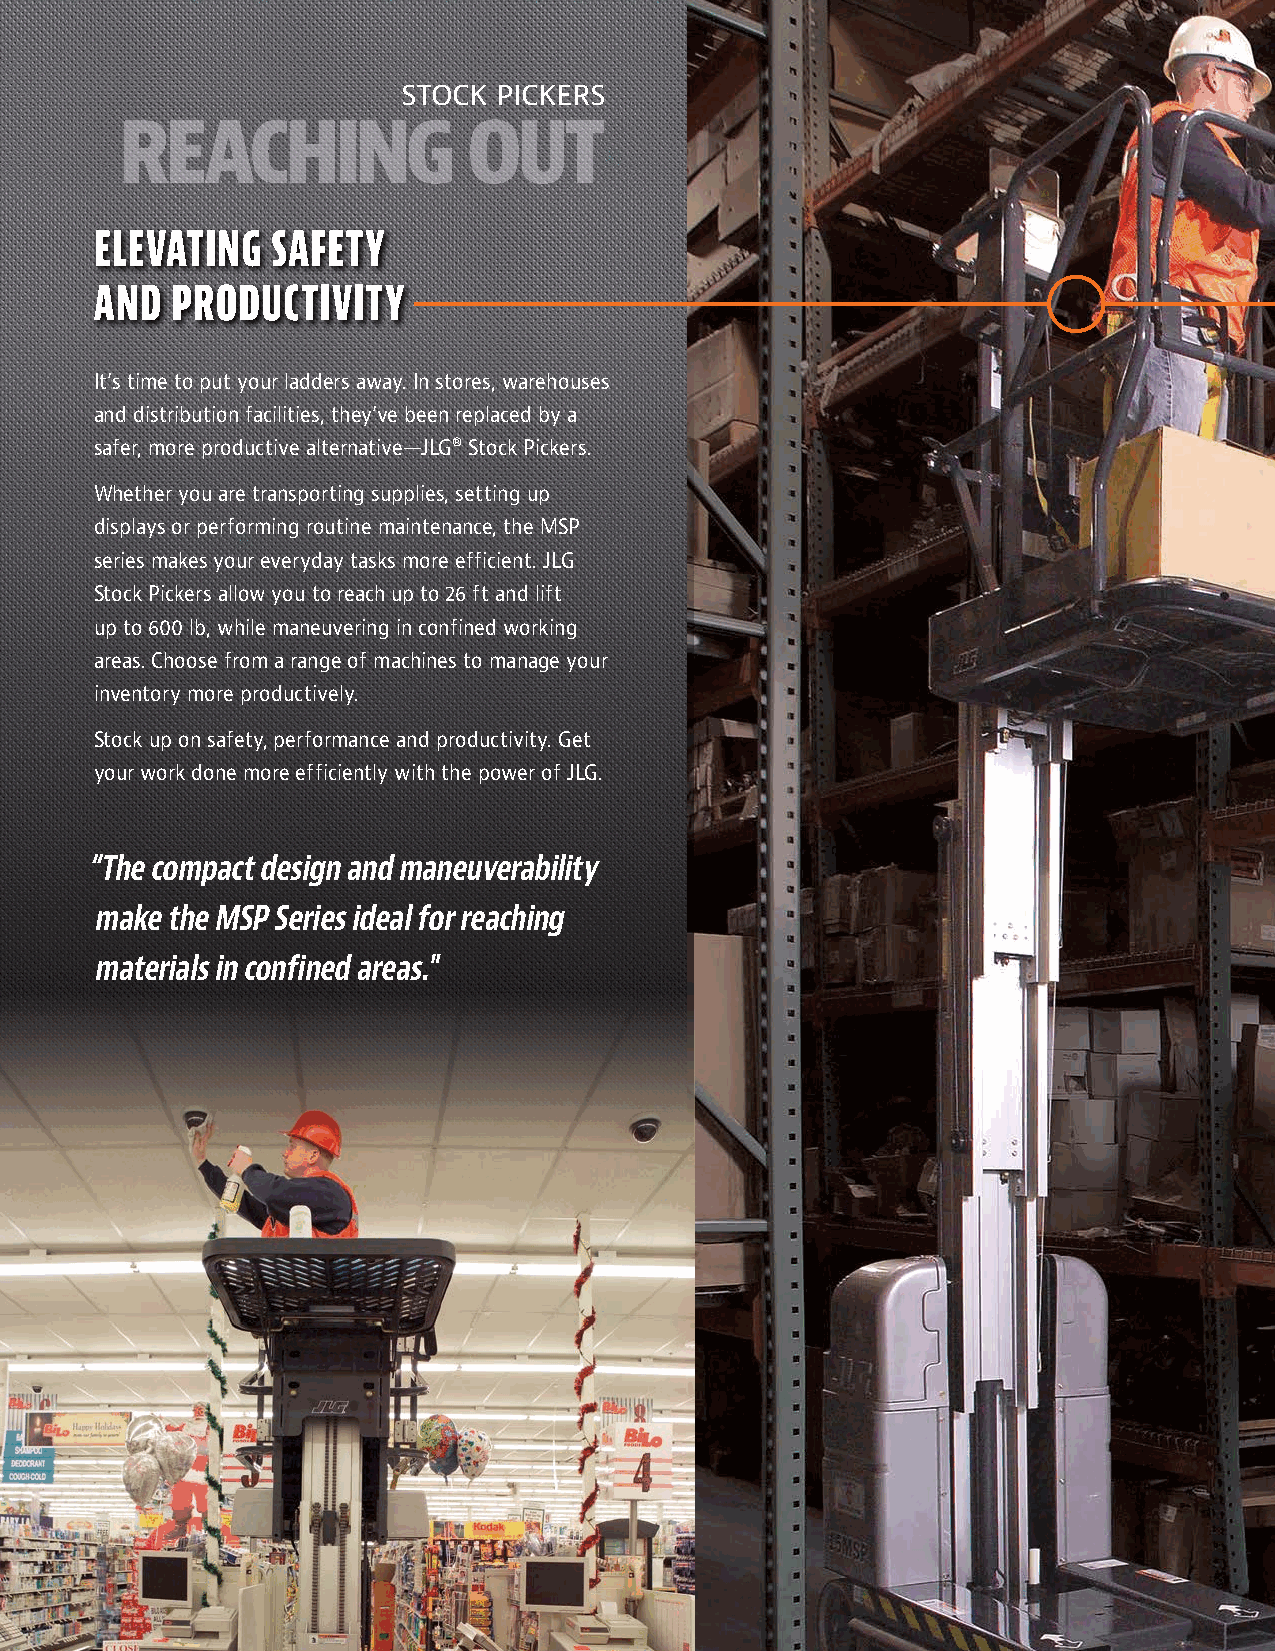
STOCK PICKERS
 REACHING               OUT
 ELEVATING   SAFETY
 AND  PRODUCTIVITY
 It’s time to put your ladders away. In stores, warehouses
 and distribution facilities, they’ve been replaced by a
 safer, more productive alternative—JLG® Stock Pickers.
 Whether you are transporting supplies, setting up
 displays or performing routine maintenance, the MSP
 series makes your everyday tasks more efficient. JLG
 Stock Pickers allow you to reach up to 26 ft and lift
 up to 600 lb, while maneuvering in confined working
 areas. Choose from a range of machines to manage your
 inventory more productively.
 Stock up on safety, performance and productivity. Get
 your work done more efficiently with the power of JLG.
 “The compact design and maneuverability
 make the MSP Series ideal for reaching
 materials in confined areas."